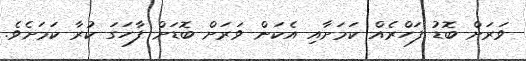
ވަރަށް ބޮޑު ފަހްރެއް ކަމަށާއި އެކަން ވަރަށް ބޮޑަށް ފާހަގަ ކުރާ ކަމަށެވެ.